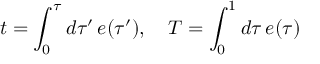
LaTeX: t = \int _ { 0 } ^ { \tau } d \tau ^ { \prime } \, e ( \tau ^ { \prime } ) , \quad T = \int _ { 0 } ^ { 1 } d \tau \, e ( \tau )